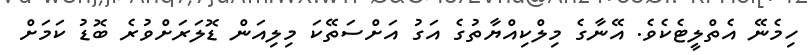
ހިމެނޭ އެތްލީޓެކެވެ. އޭނާގެ މިލްކިއްޔާތުގެ އަގު އަށްސަތޭކަ މިލިއަން ޑޮލަރަށްވުރެ ބޮޑު ކަމަށް